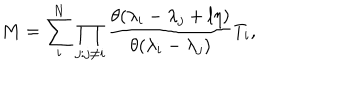
LaTeX: M = \sum _ { i } ^ { N } \prod _ { j : j \neq i } \frac { \theta ( \lambda _ { i } - \lambda _ { j } + l \eta ) } { \theta ( \lambda _ { i } - \lambda _ { j } ) } T _ { i } ,